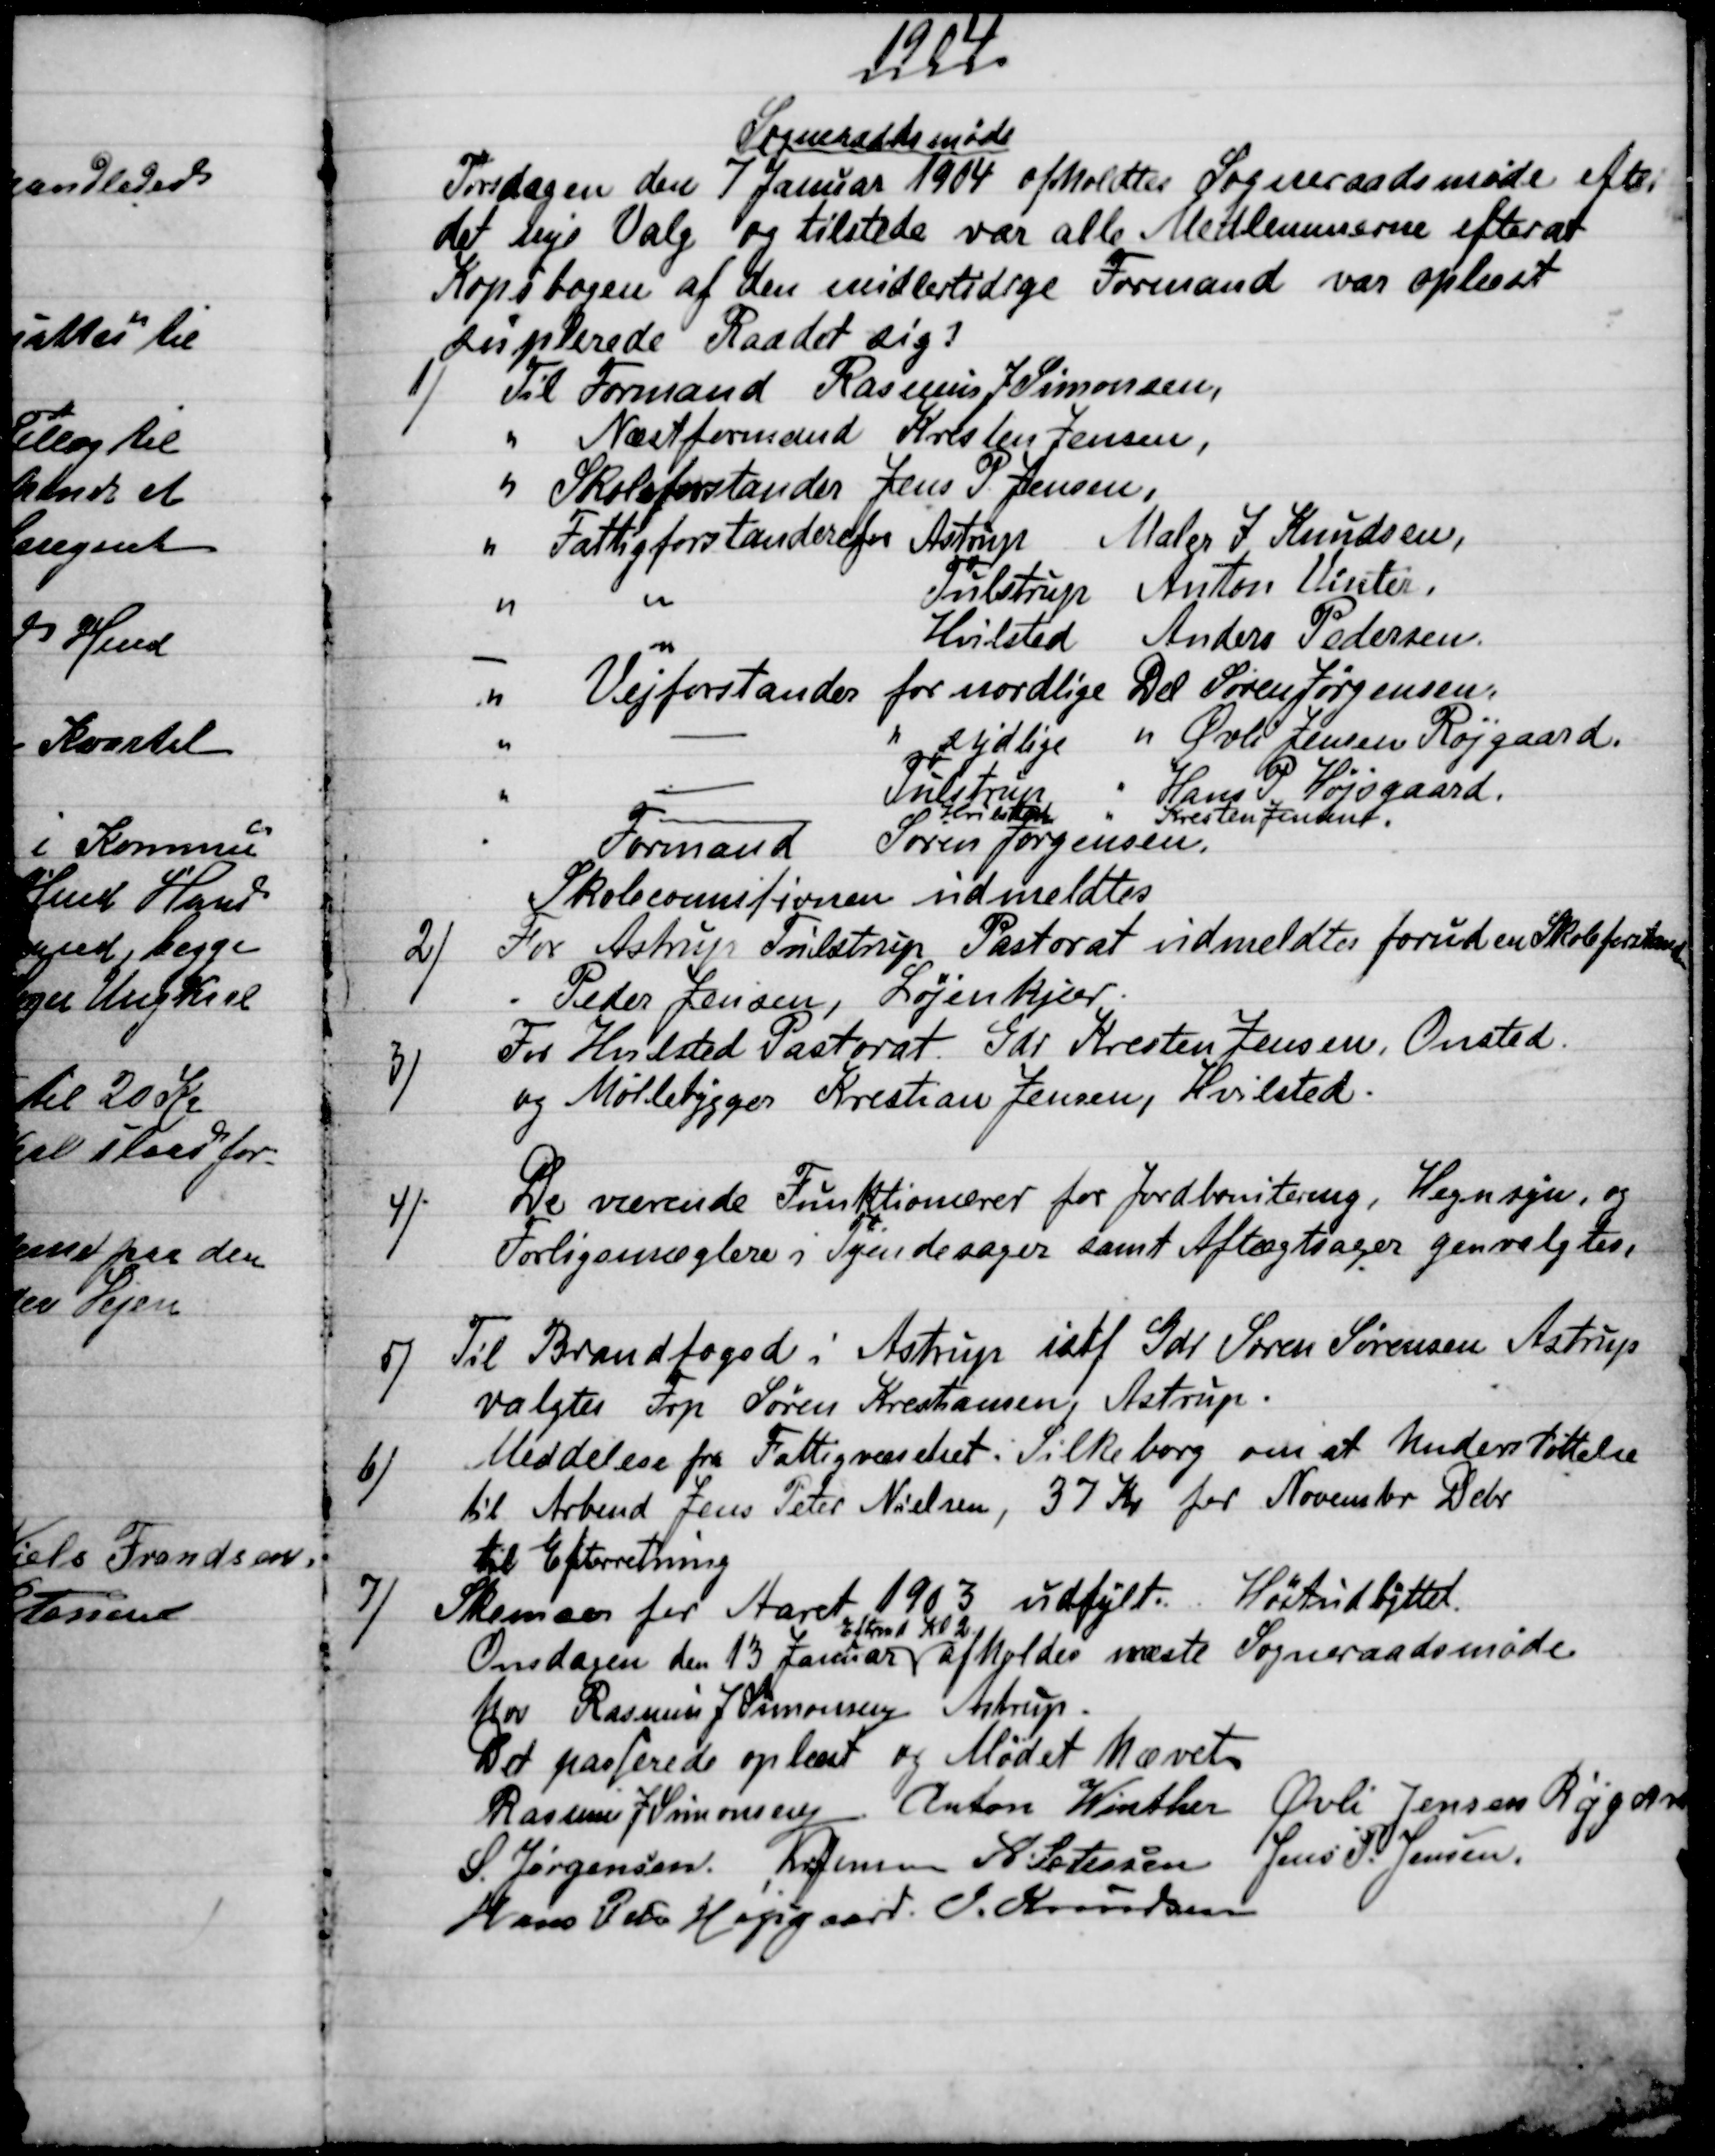
Transskription:
1904
Sogneraadsmøde
Tirsdagen den 7 Januar 1904 afholdtes Sogneraadsmøde efter
det nye Valg og tilstede var alle Medlemmerne efter at
Kopibogen af den midlertidige Formand var oplæst
suplerede Raadet sig!
1)
Til Formand Rasmus J Simonsen,
Næstformand Kristen Jensen,
Skoleforstander Jens P. Jensen,
Fattigforstander for Astrup 
Maler J. Knudsen,
Tulstrup
Anton Vinter,
Hvilsted
Anders Pedersen
Vejforstander for nordlige Del Søren Jørgensen,
sydlige
Øvli Jensen Røjgaard.
Tulstrup
Hans P Højsgaard,
Hvilsted
Kresten Jensen.
Formand
Søren Jørgensen
Skoleconnitionen udmeldtes
2)
For Astrup Tulstrup Pastorat udmeldtes foruden Skoleforstander
Peder Jensen, Løjenkjær.
3)
For Hvilsted Pastorat. Gdr Kresten Jensen, Onsted.
og Møllebygger Kristian Jensen, Hvilsted.
4)
De værende Funktionærer for Jordbonitering, Hegnsyn, og
Forligsmæglere i Tyendesager samt Aftægtsager genvalgtes,
5)
Til Brandfoged i Astrup istf Gdr Søren Sørensen Astrup
valgtes Frp Søren Kristiansen, Astrup.
6) 
Meddelelse fra Fattigvæsenet i Silkeborg om et Understøttelse
til Arbmd Jens Peter Nielsen, 37 Kr for November Debr
til Efterretning
7) 
Skemaer for Aaret 1903 udfylt. Høstudbyttet.
Onsdagen den 13 Januar
Eftmd Kl 2.
afholdes næste Sogneraadsmøde
hos Rasmus J Simonsen Astrup.
Det passerede oplæst og Mødet hævet
Rasmus J Simonsen  Anton Winther Øvli Jensen Røjgaard
S. Jørgensen Kr Jensen A. Petersen Jens P. Jensen.
Hans Peter Højsgaard. J. Knudsen